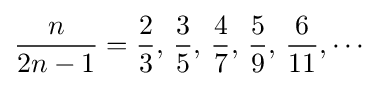
{n \over 2n-1}={2 \over 3},\,{3 \over 5},\,{4 \over 7},\,{5 \over 9},\,{6 \over 11},\cdots